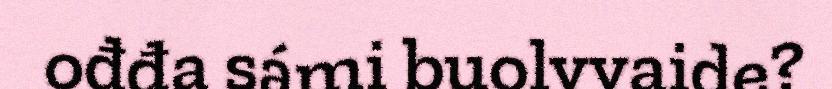
ođđa sámi buolvvaide?